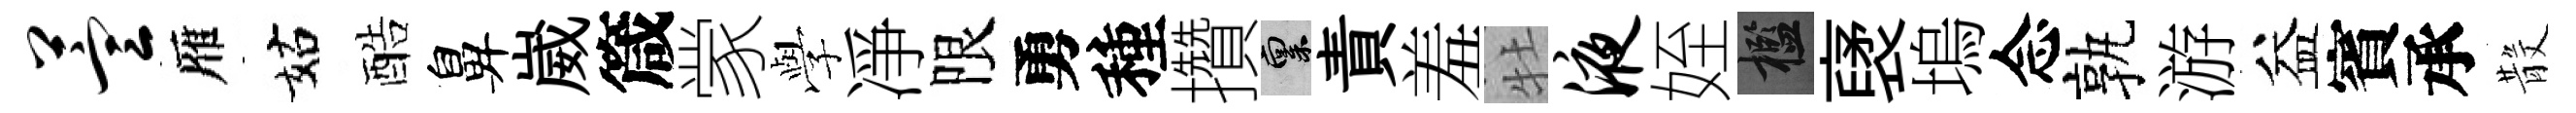
萱雁姑酷鼻崴箴䝉𫝯凈限勇種攢禀責羞牡液姪檻裦塢念孰游益賓承𣪚